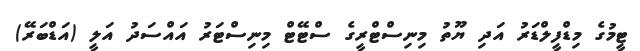
ޓީމުގެ މިޑްފީލްޑަރު އަދި ޔޫތު މިނިސްޓްރީގެ ސްޓޭޓް މިނިސްޓަރު އައްސަދު އަލީ (އަޑްބަރޭ)